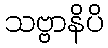
သဗ္ဗာနိပိ